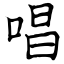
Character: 唱